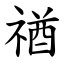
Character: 禉